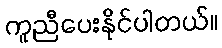
ကူညီပေးနိုင်ပါတယ်။